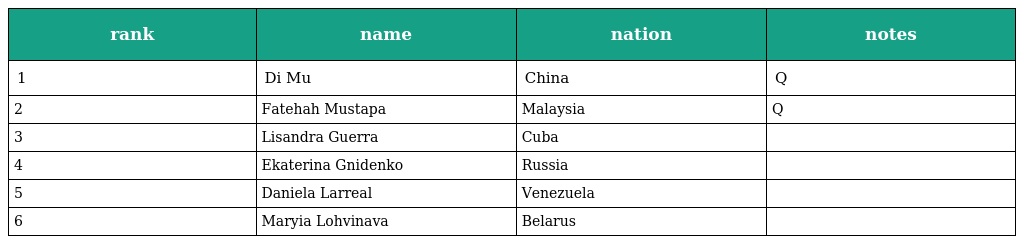
| rank | name | nation | notes |
 | --- | --- | --- | --- |
 | 1 | Di Mu | China | Q |
 | 2 | Fatehah Mustapa | Malaysia | Q |
 | 3 | Lisandra Guerra | Cuba |  |
 | 4 | Ekaterina Gnidenko | Russia |  |
 | 5 | Daniela Larreal | Venezuela |  |
 | 6 | Maryia Lohvinava | Belarus |  |